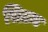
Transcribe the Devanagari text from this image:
सिटम